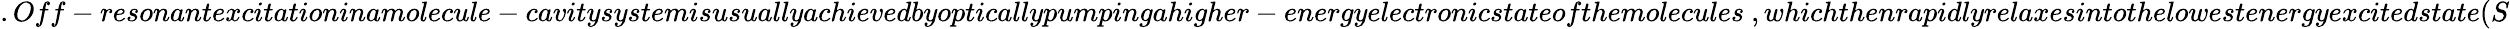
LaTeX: .Off-resonantexcitationinamolecule-cavitysystemisusuallyachievedbyopticallypumpingahigher-energyelectronicstateofthemolecules~,whichthenrapidlyrelaxesintothelowestenergyexcitedstate(S